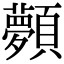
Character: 顭